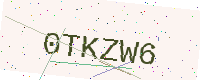
Text: 0TKZW6